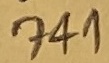
Text: 741